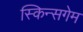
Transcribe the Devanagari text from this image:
स्किन्सगेम